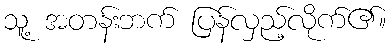
သူ့ အတန်းဘက် ပြန်လှည့်လိုက်၏။